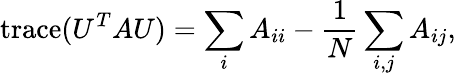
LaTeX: \mathrm{trace}(U^{T}AU)=\sum_{i}{A_{ii}}-\frac{1}{N}\sum_{i,j}{A_{ij}},